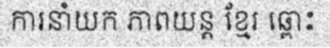
ការនាំយក ភាពយន្ត ខ្មែរ ឆ្ពោះ